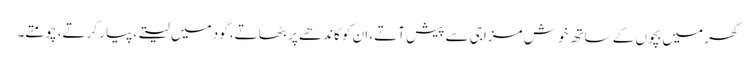
گھر میں بچوں کے ساتھ خوش مزاجی سے پیش آتے، ان کو کاندھے پر بٹھاتے، گود میں لیتے، پیار کرتے، چومتے۔